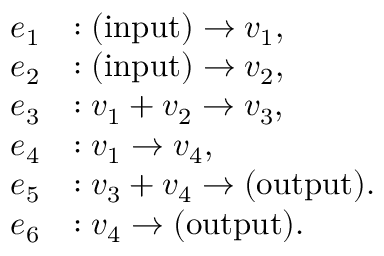
\begin{array} { r l } { e _ { 1 } } & { : \mathrm { ( i n p u t ) } \to v _ { 1 } , } \\ { e _ { 2 } } & { : \mathrm { ( i n p u t ) } \to v _ { 2 } , } \\ { e _ { 3 } } & { : v _ { 1 } + v _ { 2 } \to v _ { 3 } , } \\ { e _ { 4 } } & { : v _ { 1 } \to v _ { 4 } , } \\ { e _ { 5 } } & { : v _ { 3 } + v _ { 4 } \to \mathrm { ( o u t p u t ) } . } \\ { e _ { 6 } } & { : v _ { 4 } \to \mathrm { ( o u t p u t ) } . } \end{array}